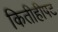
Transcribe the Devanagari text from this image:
कितीहीपट